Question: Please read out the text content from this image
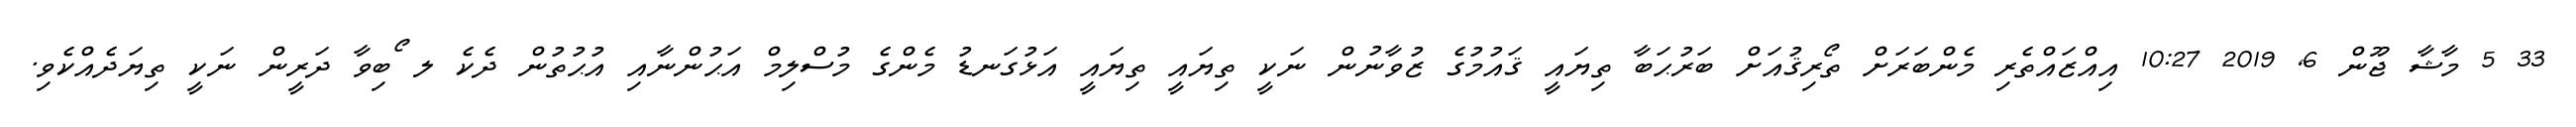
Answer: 33 5 މާޝާ ޖޫން 6, 2019 10:27 އިއްޒައްތެރި މެންބަރަށް ތޯރިޤުއަށް ބަރުޙަބާ ތިޔައީ ޤައުމުގެ ޒުވާނުން ނަކީ ތިޔައީ ތިޔައީ އަޅުގަނޑު މެންގެ މުސްލިމް އަޙުންނާއި އުޙުތުން ދެކެ ލ ޯބިވާ ދަރީން ނަކީ ތިޔަދެއްކެވި.